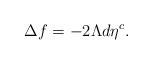
LaTeX: \begin{align*} \Delta f = -2 \Lambda d\eta^c. \end{align*}